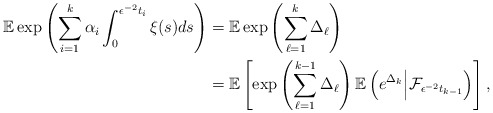
\begin{align*} \begin{aligned}\mathbb E \exp\left(\sum_{i=1}^k\alpha_i\int_0^{\epsilon^{-2}t_i}\xi(s)ds\right)&=\mathbb E \exp\left(\sum^{k}_{\ell=1}\Delta_\ell\right)\\&=\mathbb E \left[\exp\left(\sum^{k-1}_{\ell=1}\Delta_\ell\right) \mathbb E\left(e^{\Delta_k}\Big|\mathcal{F}_{\epsilon^{-2} t_{k-1}}\right)\right],\end{aligned}\end{align*}